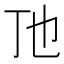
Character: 𬺼